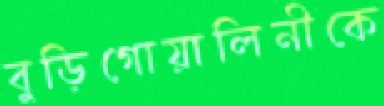
বুড়িগোয়ালিনীকে